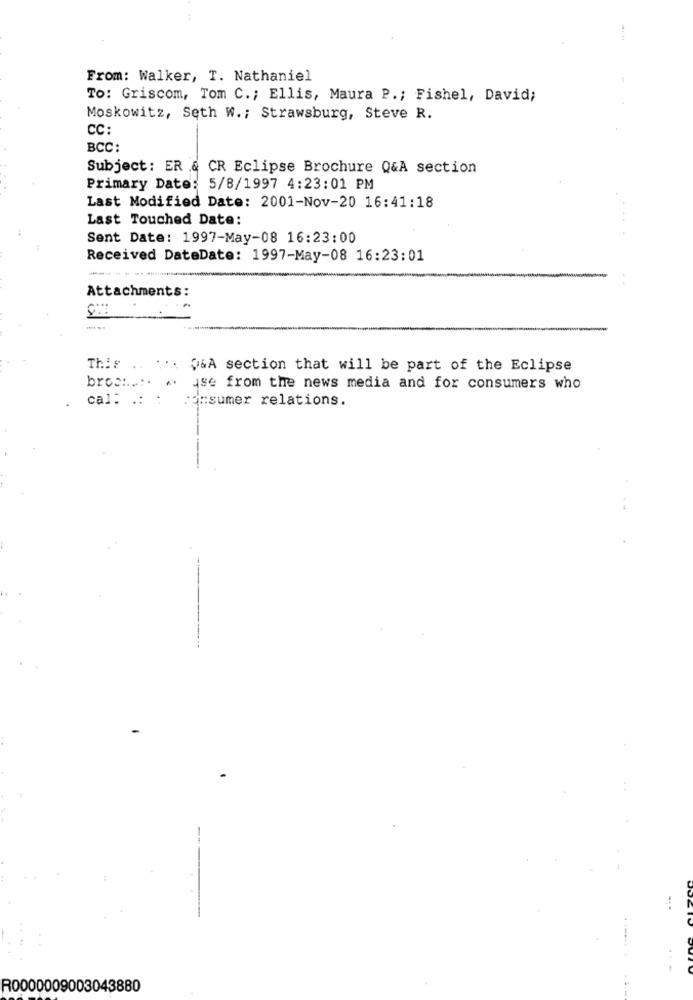
From: Walker, T. Nathaniel
TO: Griscom, Tom C .; Ellis, Maura P .; Fishel, David;
Moskowitz, Seth W .; Strawsburg, Steve R.
CC:
BCC:
Subject: ER & CR Eclipse Brochure Q&A section
Primary Date: 5/8/1997 4:23:01 PM
Last Modified Date: 2001-Nov-20 16:41:18
Last Touched Date:
Sent Date: 1997-May-08 16:23:00
Received DateDate: 1997-May-08 16:23:01
Attachments:
This
Q&A section that will be part of the Eclipse
broc :....
yse from the news media and for consumers who
cal: .: :
consumer relations.
R0000009003043880